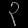
Digit: ၃